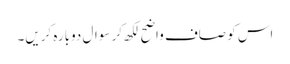
اس کو صاف واضح لکھ کر سوال دوبارہ کریں۔